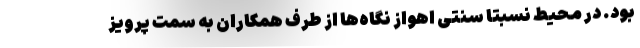
بود. در محیط نسبتا سنتی اهواز نگاه‌ها از طرف همکاران به سمت پرویز